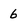
Character: 6